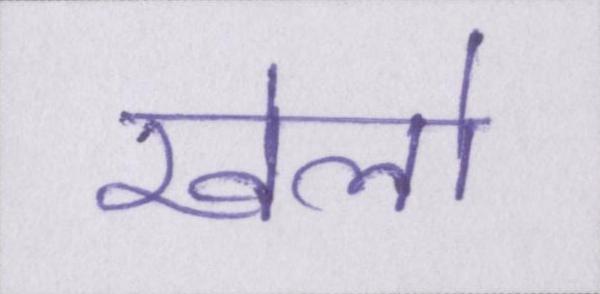
खेलो